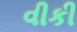
વીકી